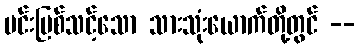
မင်းပြစ်သင့်သော သားသုံးယောက်တို့တွင် --